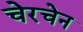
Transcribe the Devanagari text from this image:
चेरचेन